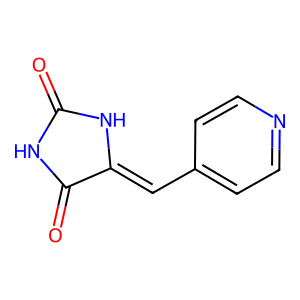
SMILES: O=C1NC(=O)C(=Cc2ccncc2)N1
Inhibits HIV replication: No